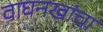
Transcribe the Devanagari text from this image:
वाघनखांचा